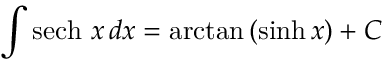
\int \operatorname { s e c h } \, x \, d x = \arctan \, ( \sinh x ) + C